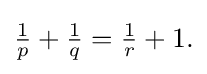
{\textstyle {\tfrac {1}{p}}+{\tfrac {1}{q}}={\tfrac {1}{r}}+1.}